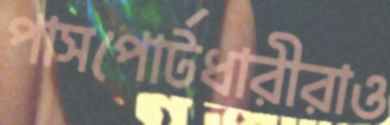
পাসপোর্টধারীরাও